Leningradi_Edasi_toimetus, lk 35
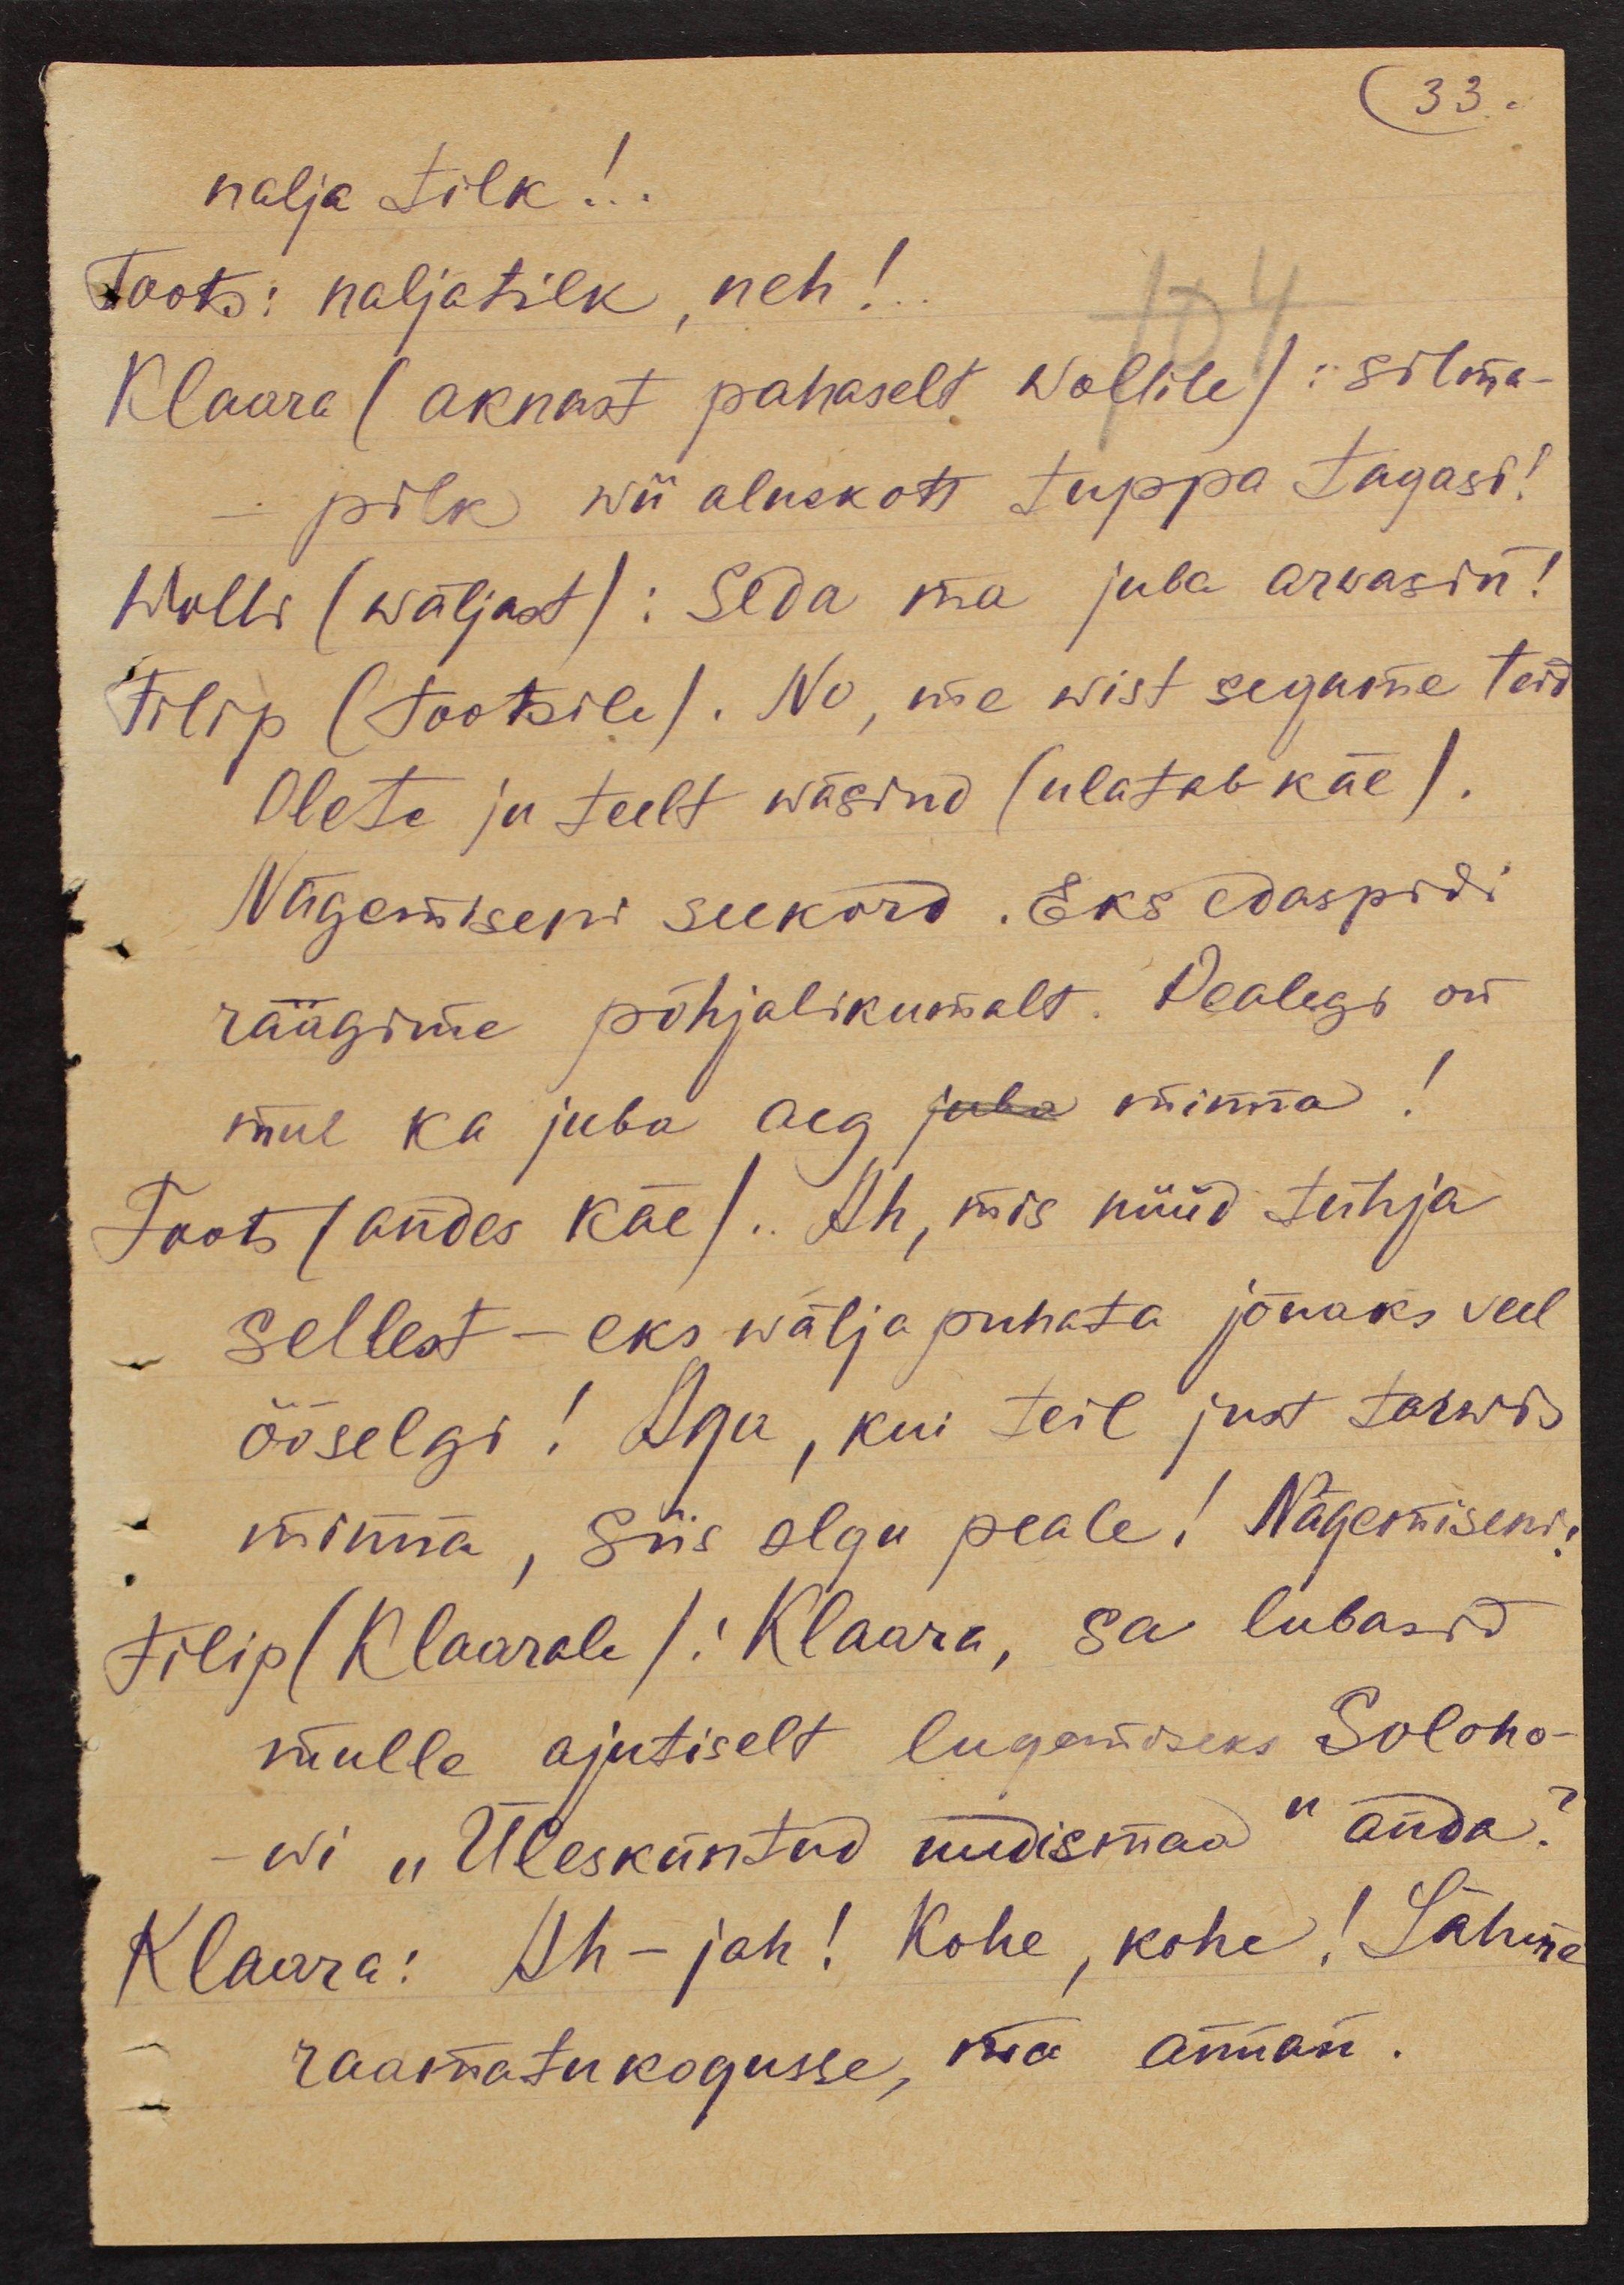
33.
nalja tilk!..
Toots: naljatilk, neh!
Klaara (aknast pahaselt Wollile): Silma-
pilk wii aluskott tuppa tagasi!
Wolli (wäljast): Seda ma juba arvasin!
Filip (Tootsile). No, me wist segame teid
Olete ju teelt wäsind (ulatab käe).
Nägemiseni seekord. Eks edaspidi
räägime põhjalikumalt. Pealegi on
mul ka juba aeg juba minna!
Toots (andes käe). Ah, mis nüüd tühja
sellest - eks wälja puhata jõuaks veel
ööselgi! Aga, kui teil just tarwis
minna, siis olgu peale! Nägemisen
Filip (Klaarale): Klaara, sa lubasid
mulle ajutiselt lugemiseks Soloho-
wi "Ülesküntud uudismaa" anda?
Klaara: Ah-jah! Kohe, kohe! Lähme
raamatukogusse, ma annan.